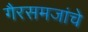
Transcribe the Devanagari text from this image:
गैरसमजांचे